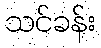
သင်ခန်း